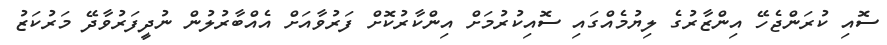
ސޮއި ކުރަންޖެހޭ އިންޒާރުގެ ލިޔުމެއްގައި ސޮއިކުރުމަށް އިންކާރުކޮށް ފަރުވާއަށް އެއްބާރުލުން ނުދީފަރުވާދޭ މަރުކަޒު